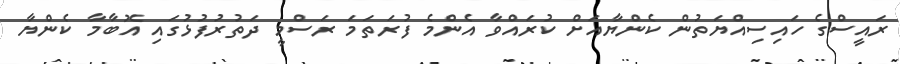
ރައީސްގެ ހައިސިއްޔަތުން ކެންޔާއަށް ކުރައްވާ އެންމެ ފުރަތަމަ ރަސްމީ ދަތުރުފުޅުގައި އޮބާމާ ކެންޔާ